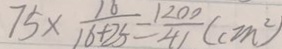
7 5 \times \frac { 1 6 } { 1 6 + 2 5 } = \frac { 1 2 0 0 } { 4 1 } ( c m ^ { 2 } )